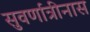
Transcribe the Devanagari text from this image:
सुवर्णात्रीनास